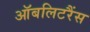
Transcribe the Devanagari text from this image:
ऑबलिटरैंस